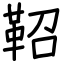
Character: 鞀